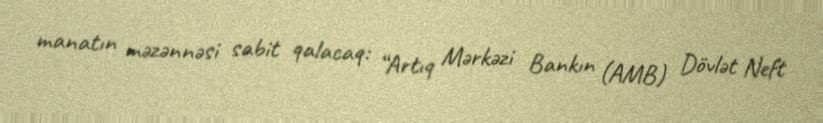
manatın məzənnəsi sabit qalacaq: “Artıq Mərkəzi Bankın (AMB) Dövlət Neft